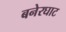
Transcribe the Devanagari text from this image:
बनेरघाट